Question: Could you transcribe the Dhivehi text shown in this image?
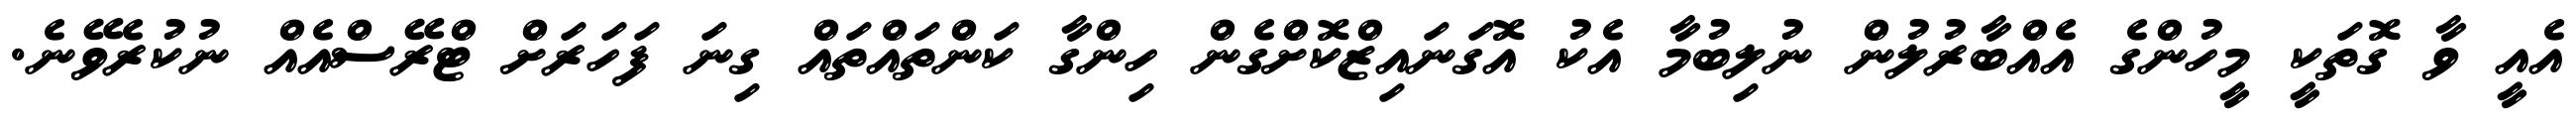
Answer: އެއީ ވާ ގޮތަކީ މީހުންގެ އެއްބާރުލުން ނުލިބުމާ އެކު އޮގަނައިޒްކޮށްގެން ހިންގާ ކަންތައްތައް ގިނަ ފަހަރަށް ޓްރޭސްއެއް ނުކުރެވޭނެ.